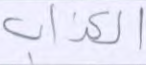
الكذاب